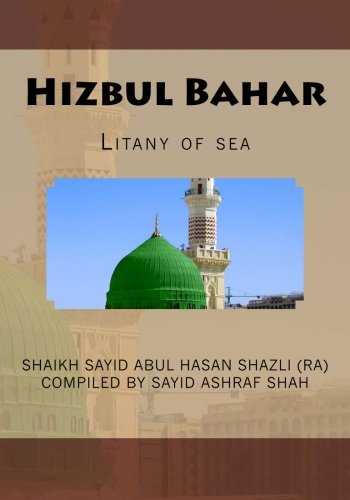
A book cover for Hizbul Bahar: Litany of sea; Haz Shaikh Abul Hasan Shazli; Religion & Spirituality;